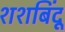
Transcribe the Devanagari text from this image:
शशबिंदू